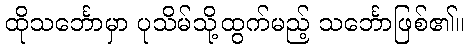
ထိုသင်္ဘောမှာ ပုသိမ်သို့ထွက်မည့် သင်္ဘောဖြစ်၏။